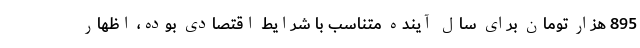
895 هزار تومان برای سال آینده متناسب با شرایط اقتصادی بوده، اظهار